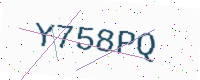
Text: Y758PQ